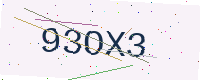
Text: 93OX3